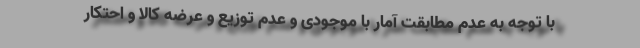
با توجه به عدم مطابقت آمار با موجودی و عدم توزیع و عرضه کالا و احتکار